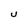
Character: U